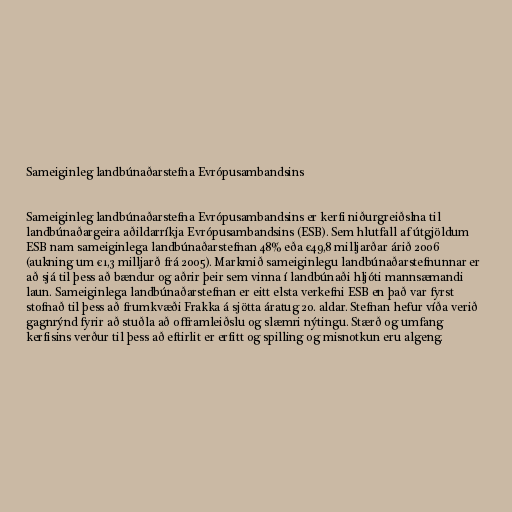
Sameiginleg landbúnaðarstefna Evrópusambandsins

Sameiginleg landbúnaðarstefna Evrópusambandsins er kerfi niðurgreiðslna til
landbúnaðargeira aðildarríkja Evrópusambandsins (ESB). Sem hlutfall af útgjöldum
ESB nam sameiginlega landbúnaðarstefnan 48% eða €49,8 milljarðar árið 2006
(aukning um €1,3 milljarð frá 2005). Markmið sameiginlegu landbúnaðarstefnunnar er
að sjá til þess að bændur og aðrir þeir sem vinna í landbúnaði hljóti mannsæmandi
laun. Sameiginlega landbúnaðarstefnan er eitt elsta verkefni ESB en það var fyrst
stofnað til þess að frumkvæði Frakka á sjötta áratug 20. aldar. Stefnan hefur víða verið
gagnrýnd fyrir að stuðla að offramleiðslu og slæmri nýtingu. Stærð og umfang
kerfisins verður til þess að eftirlit er erfitt og spilling og misnotkun eru algeng.